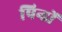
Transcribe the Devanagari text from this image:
पिन्डों